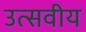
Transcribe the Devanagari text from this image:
उत्सवीय